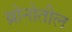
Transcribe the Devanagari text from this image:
ब्रोनोतील